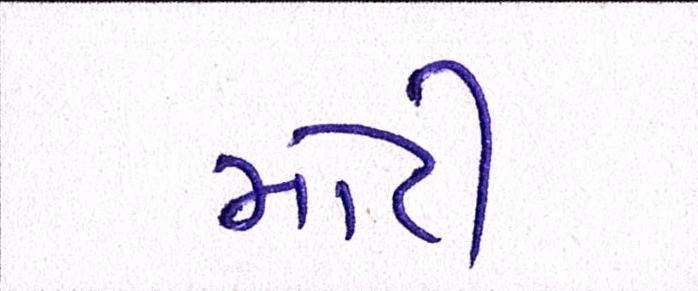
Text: મોટી